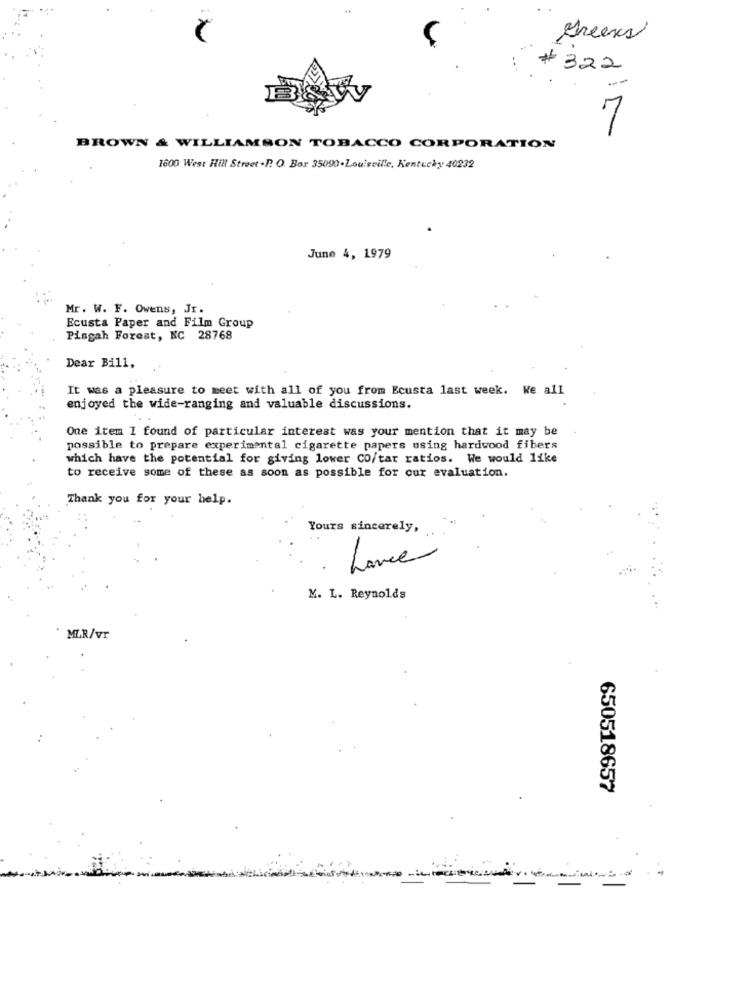
Greens
# 322
7
BROWN & WILLIAMSON TOBACCO CORPORATION
1600 West Hill Street .P. O. Bor 35090.Louisville, Kentucky 40232
June 4, 1979
Mr. W. F. Owens, Jr.
Ecusta Paper and Film Group
Pisgah Forest, NC 28768
Dear Bill,
It was a pleasure to meet with all of you from Ecusta last week. We all
enjoyed the wide-ranging and valuable discussions.
One item I found of particular interest was your mention that it may be
possible to prepare experimental cigarette papers using hardwood fibers
which have the potential for giving lower CO/tar ratios. We would like
to receive some of these as soon as possible for our evaluation.
Thank you for your help.
Yours sincerely,
Lance
M. L. Reynolds
MLR/vr
650518657